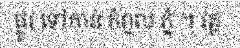
ផ្លូវ ទៅកាន់ កំពូល ភ្នំ ។ វត្ត